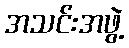
အသင်းအဖွဲ့